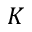
K